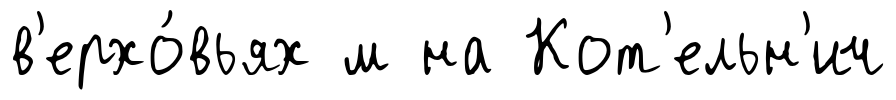
в'ерхо́вьях м на Кот'ельн'ич